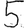
Digit: 5